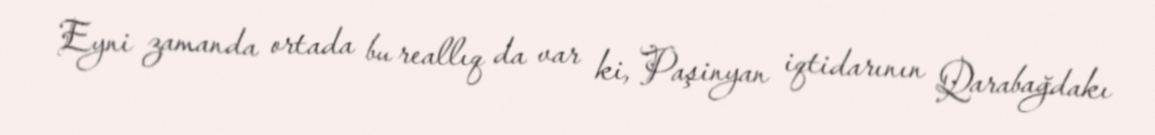
Eyni zamanda ortada bu reallıq da var ki, Paşinyan iqtidarının Qarabağdakı